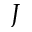
J